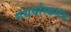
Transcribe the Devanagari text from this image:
गंधर्वास्त्रमंत्र